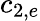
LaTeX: c_{2,e}